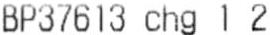
BP37613 CHG 1 2